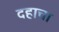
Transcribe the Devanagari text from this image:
दहाचा